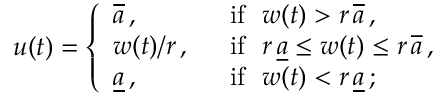
u ( t ) = \left\{ \begin{array} { l l } { \overline { { a } } \, , } & { \ \ \mathrm { i f \ \ } w ( t ) > r \, \overline { { a } } \, , } \\ { w ( t ) / r \, , } & { \ \ \mathrm { i f \ \ } r \, \underline { { a } } \le w ( t ) \le r \, \overline { { a } } \, , } \\ { \underline { { a } } \, , } & { \ \ \mathrm { i f \ \ } w ( t ) < r \, \underline { { a } } \, ; } \end{array} \right.